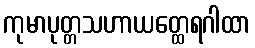
ကုမာပုတ္တသဟာယတ္ထေရဂါထာ